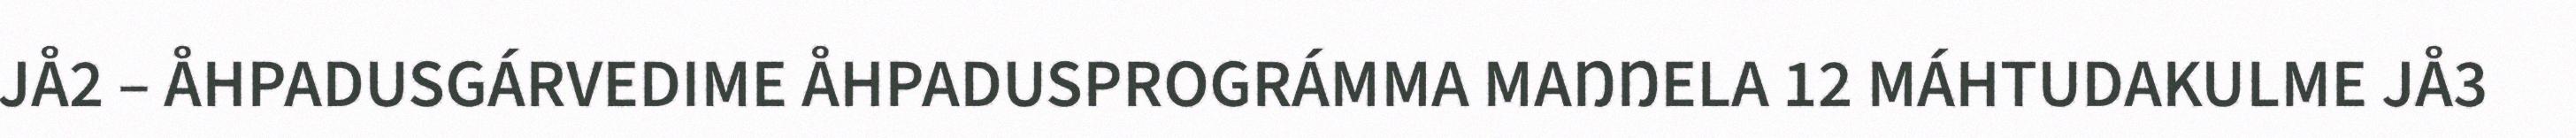
JÅ2 – ÅHPADUSGÁRVEDIME ÅHPADUSPROGRÁMMA MAŊŊELA 12 MÁHTUDAKULME JÅ3